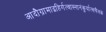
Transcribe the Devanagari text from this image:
आदौग्रामाद्वहिर्गत्वास्नानंकुर्यात्सचैलकं